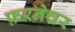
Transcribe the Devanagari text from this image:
फ़रनेचर